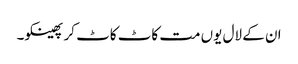
ان کے لال یوں مت کاٹ کاٹ کر پھینکو۔